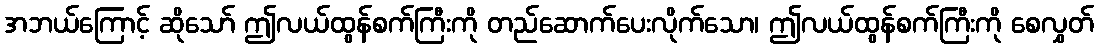
အဘယ်ကြောင့် ဆိုသော် ဤလယ်ထွန်စက်ကြီးကို တည်ဆောက်ပေးလိုက်သော၊ ဤလယ်ထွန်စက်ကြီးကို စေလွှတ်